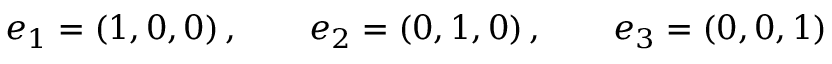
e _ { 1 } = ( 1 , 0 , 0 ) \, , \qquad e _ { 2 } = ( 0 , 1 , 0 ) \, , \qquad e _ { 3 } = ( 0 , 0 , 1 )